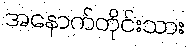
အနောက်တိုင်းသား